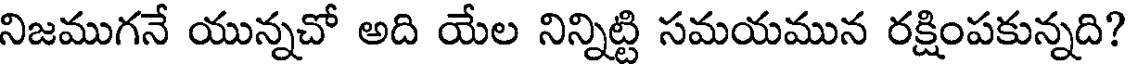
నిజముగనే యున్నచో అది యేల నిన్నిట్టి సమయమున రక్షింపకున్నది?